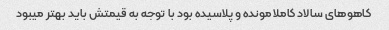
کاهوهای سالاد کاملا مونده و پلاسیده بود با توجه به قیمتش باید بهتر میبود